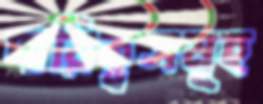
দায়িত্বসমূহ